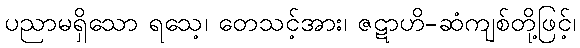
ပညာမရှိသော ရသေ့၊ တေသင့်အား၊ ဇဋာဟိ-ဆံကျစ်တို့ဖြင့်၊